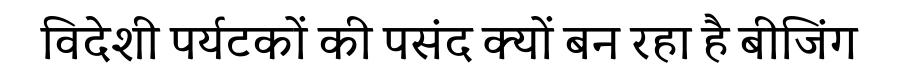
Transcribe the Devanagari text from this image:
विदेशी पर्यटकों की पसंद क्यों बन रहा है बीजिंग